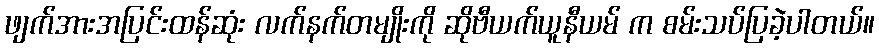
ဖျက်အားအပြင်းထန်ဆုံး လက်နက်တမျိုးကို ဆိုဗီယက်ယူနီယမ် က စမ်းသပ်ပြခဲ့ပါတယ်။